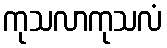
ကုသလာကုသလံ